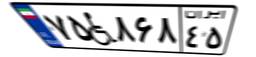
۷۵W۸۶۸۴۵